Vaccine operations Central Provinces 1868-1885 - 1868-1885
Year: 1868
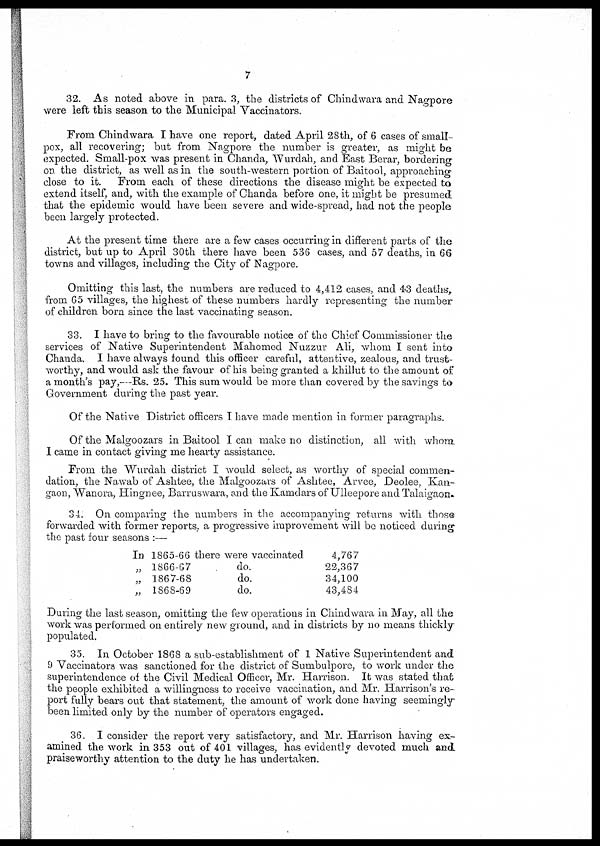
7
32. As noted above in para. 3, the districts of Chindwara and Nagpore
were left this season to the Municipal Vaccinators.
From Chindwara I have one report, dated April 28th, of 6 cases of small-
pox, all recovering; but from Nagpore the number is greater, as might be
expected. Small-pox was present in Chanda, Wurdah, and East Berar, bordering
on the district, as well as in the south-western portion of Baitool, approaching
close to it. From each of these directions the disease might be expected to
extend itself, and, with the example of Chanda before one, it might be presumed
that the epidemic would have been severe and wide-spread, had not the people
been largely protected.
At the present time there are a few cases occurring in different parts of the
district, but up to April 30th there have been 536 cases, and 57 deaths, in 66
towns and villages, including the City of Nagpore.
Omitting this last, the numbers are reduced to 4,412 cases, and 43 deaths,
from 65 villages, the highest of these numbers hardly representing the number
of children born since the last vaccinating season.
33. I have to bring to the favourable notice of the Chief Commissioner the
services of Native Superintendent Mahomed Nuzzur Ali, whom I sent into
Chanda. I have always found this officer careful, attentive, zealous, and trust-
worthy, and would ask the favour of his being granted a khillut to the amount of
a month's pay,—Rs. 25. This sum would be more than covered by the savings to
Government during the past year.
Of the Native District officers I have made mention in former paragraphs.
Of the Malgoozars in Baitool I can make no distinction, all with whom
I came in contact giving me hearty assistance.
From the Wurdah district I would select, as worthy of special commen-
dation, the Nawab of Ashtee, the Malgoozars of Ashtee, Arvee, Deolee, Kan-
gaon, Wanora, Hingnee, Barruswara, and the Kamdars of Ulleepore and Talaigaon.
34. On comparing the numbers in the accompanying returns with those
forwarded with former reports, a progressive improvement will be noticed during
the past four seasons :—
In 1865-66 there were vaccinated
„ 1866-67
do.
„ 1867-68
do.
„ 1868-69
do.
4,767
22,367
34,100
43,484
During the last season, omitting the few operations in Chindwara in May, all the
work was performed on entirely new ground, and in districts by no means thickly-
populated.
35. In October 1868 a sub-establishment of I Native Superintendent and
9 Vaccinators was sanctioned for the district of Sumbulpore, to work under the
superintendence of the Civil Medical Officer, Mr. Harrison. It was stated that
the people exhibited a willingness to receive vaccination, and Mr. Harrison's re-
port fully bears out that statement, the amount of work done having seemingly
been limited only by the number of operators engaged.
36. I consider the report very satisfactory, and Mr. Harrison having ex-
amined the work in 353 out of 401 villages, has evidently devoted much and
praiseworthy attention to the duty he has undertaken.